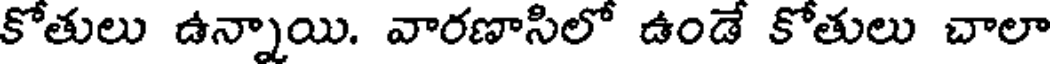
కోతులు ఉన్నాయి. వారణాసిలో ఉండే కోతులు చాలా